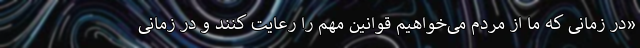
«در زمانی که ما از مردم می‌خواهیم قوانین مهم را رعایت کنند و در زمانی